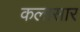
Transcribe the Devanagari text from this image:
कलासार